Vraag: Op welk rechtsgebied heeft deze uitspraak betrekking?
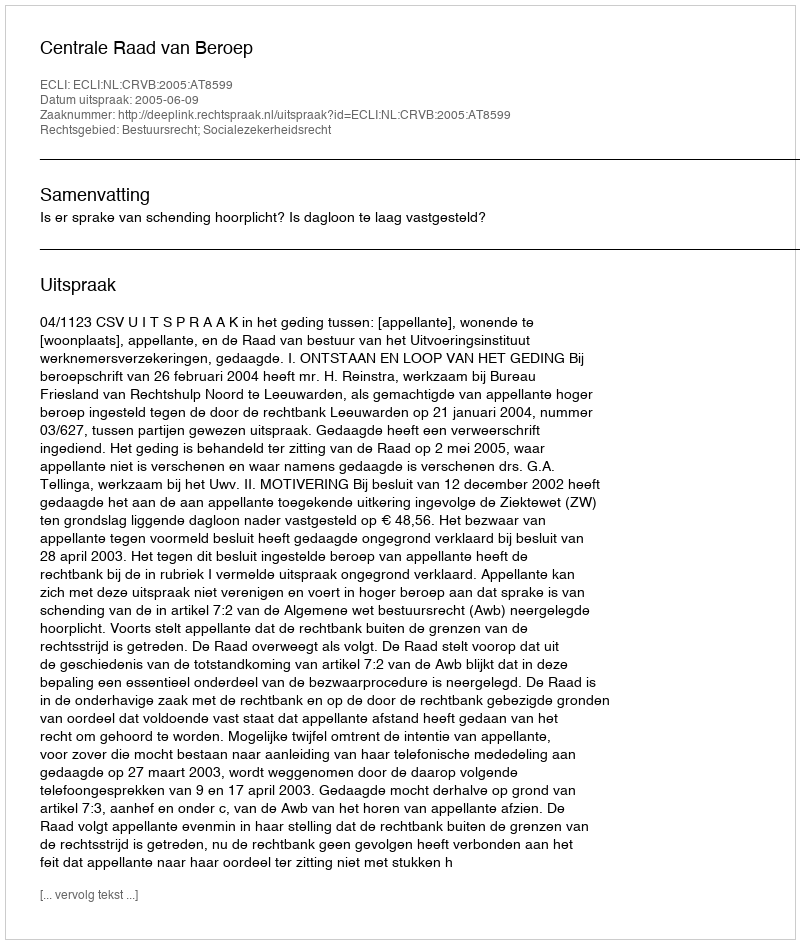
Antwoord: Bestuursrecht; Socialezekerheidsrecht